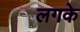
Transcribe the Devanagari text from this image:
लगके